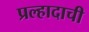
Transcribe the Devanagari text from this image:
प्रल्हादाची